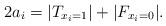
LaTeX: \begin{align*}2a_i = |T_{x_i = 1}| + |F_{x_i = 0}|.\end{align*}